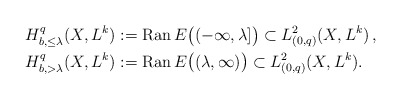
\begin{align*} &H^q_{b,\leq\lambda}(X, L^k):={\rm Ran\,}E\bigr((-\infty,\lambda]\bigr)\subset L^2_{(0,q)}(X,L^k)\,,\\&H^q_{b,>\lambda}(X,L^k):={\rm Ran\,}E\bigr((\lambda,\infty)\bigr)\subset L^2_{(0,q)}(X,L^k).\end{align*}